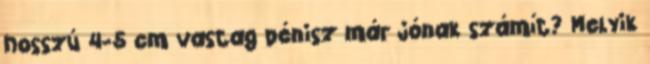
hosszú 4-5 cm vastag pénisz már jónak számít? Melyik